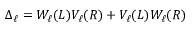
\Delta _ { \ell } = W _ { \ell } ( L ) V _ { \ell } ( R ) + V _ { \ell } ( L ) W _ { \ell } ( R )